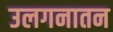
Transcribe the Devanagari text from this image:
उलगनातन